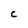
Character: C